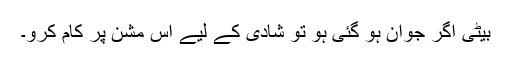
بیٹی اگر جوان ہو گئی ہو تو شادی کے لیے اس مشن پر کام کرو۔